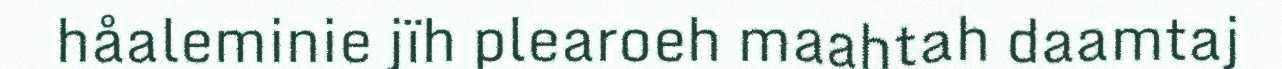
håaleminie jïh plearoeh maahtah daamtaj